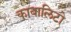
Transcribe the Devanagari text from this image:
काबालिटो